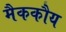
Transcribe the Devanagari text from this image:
मैककौय